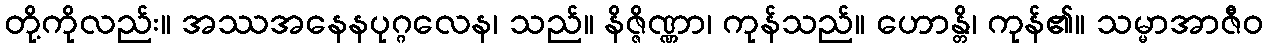
တို့ကိုလည်း။ အဿအနေနပုဂ္ဂလေန၊ သည်။ နိဇ္ဇိဏ္ဏာ၊ ကုန်သည်။ ဟောန္တိ၊ ကုန်၏။ သမ္မာအာဇီဝ